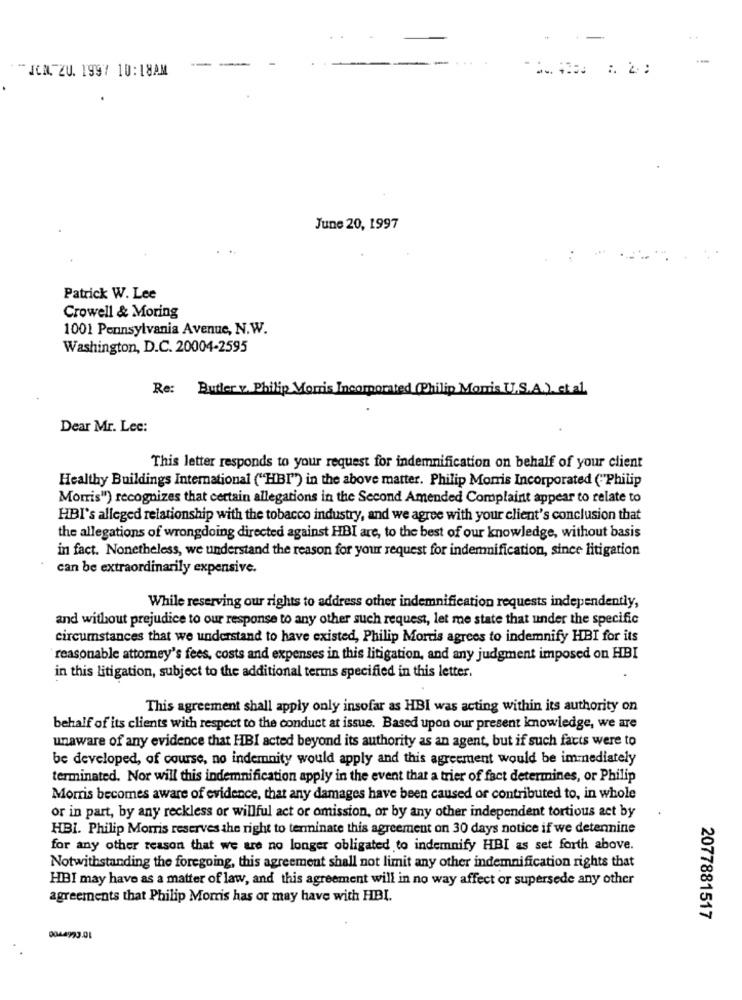
-
JEN ZU. 1997 10:18AM
-
-
June 20, 1997
Patrick W. Lee
Crowell & Moring
1001 Pennsylvania Avenue, N.W.
Washington, D.C. 20004-2595
Re: Butler v. Philip Morris Incorporated (Philip Morris U.S.A.), et al
Dear Mr. Lec:
This letter responds to your request for indemnification on behalf of your client
Healthy Buildings International ("HBI") in the above matter. Philip Morris Incorporated ("Philip
Morris") recognizes that certain allegations in the Second Amended Complaint appear to relate to
HBI's alleged relationship with the tobacco industry, and we agree with your client's conclusion that
the allegations of wrongdoing directed against HBI are, to the best of our knowledge, without basis
in fact. Nonetheless, we understand the reason for your request for indemnification, since litigation
can be extraordinarily expensive.
While reserving our rights to address other indemnification requests independently,
and without prejudice to our response to any other such request, let me state that under the specific
circumstances that we understand to have existed, Philip Morris agrees to indemnify HBI for its
reasonable attomey's fees, costs and expenses in this litigation, and any judgment imposed on HBI
in this litigation, subject to the additional terms specified in this letter.
This agreement shall apply only insofar as HBI was acting within its authority on
behalf of its clients with respect to the conduct at issue. Based upon our present knowledge, we are
unaware of any evidence that HBI acted beyond its authority as an agent, but if such facts were to
be developed, of course, no indemnity would apply and this agreement would be immediately
terminated. Nor will this indemnification apply in the event that a trier of fact determines, or Philip
Morris becomes aware of evidence, that any damages have been caused or contributed to, in whole
or in part, by any reckless or willful act or omission, or by any other independent tortious act by
HBI. Philip Morris reserves the right to terminate this agreement on 30 days notice if we detennine
for any other reason that we are no longer obligated to indemnify HBI as set forth above.
Notwithstanding the foregoing, this agreement shall not limit any other indemnification rights that
HBI may have as a matter of law, and this agreement will in no way affect or supersede any other
agreements that Philip Morris has or may have with HBI.
2077881517
0044993.01